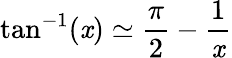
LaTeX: \tan^{-1}(\mathit{x})\simeq\frac{{\pi}}{{2}}-\frac{{1}}{{\mathit{x}}}